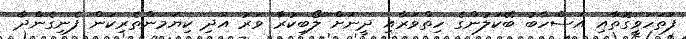
ފަތަހަވީގޮތާއި އަސްހާބު ބޭކަލުންގެ ހިތްވަރާއި ދީނަށް ލޯބިކުރާ ވަރު އަދި ކިޔަމަންތެރިކަން ފެނިގެންދާ